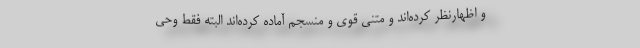
و اظهارنظر کرده‌اند و متنی قوی و منسجم آماده کرده‌اند البته فقط وحی